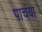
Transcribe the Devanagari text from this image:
पाचंवा